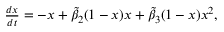
\begin{array} { r } { \frac { d x } { d t } = - x + \widetilde { \beta } _ { 2 } ( 1 - x ) x + \widetilde { \beta } _ { 3 } ( 1 - x ) x ^ { 2 } , } \end{array}